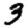
Digit: 3